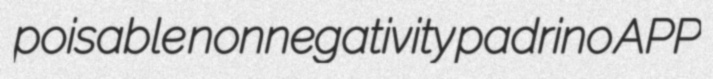
poisable nonnegativity padrino APP